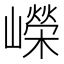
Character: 嶸